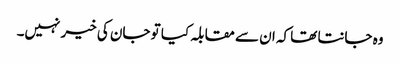
وہ جانتا تھا کہ ان سے مقابلہ کیا تو جان کی خیر نہیں۔